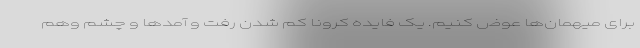
برای میهمان‌ها عوض کنیم. یک فایده کرونا کم شدن رفت و آمدها و چشم وهم